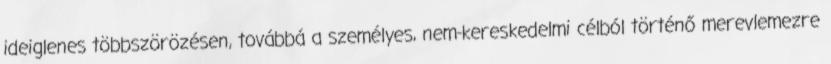
ideiglenes többszörözésen, továbbá a személyes, nem-kereskedelmi célból történő merevlemezre